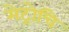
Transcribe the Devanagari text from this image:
मेट्रोचि